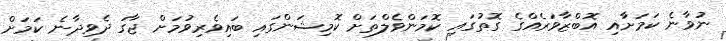
ނުވާނެ ކަމަށާއި އޮބްޒާވަރެއްގެ ގޮތުގައި ކޮމަންވެލްތަށް ކޮމިޝަންގައި ބައިވެރިވުމަށް ޖާގަ ދެވިދާނެ ކަމަށް